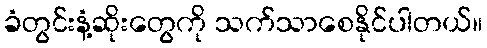
ခံတွင်းနံ့ဆိုးတွေကို သက်သာစေနိုင်ပါတယ်။